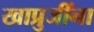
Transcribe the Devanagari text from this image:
खाप्रुजींना